Report of the Indian Hemp Drugs Commission, 1894-1895 - Volume VIII
Year: 1894
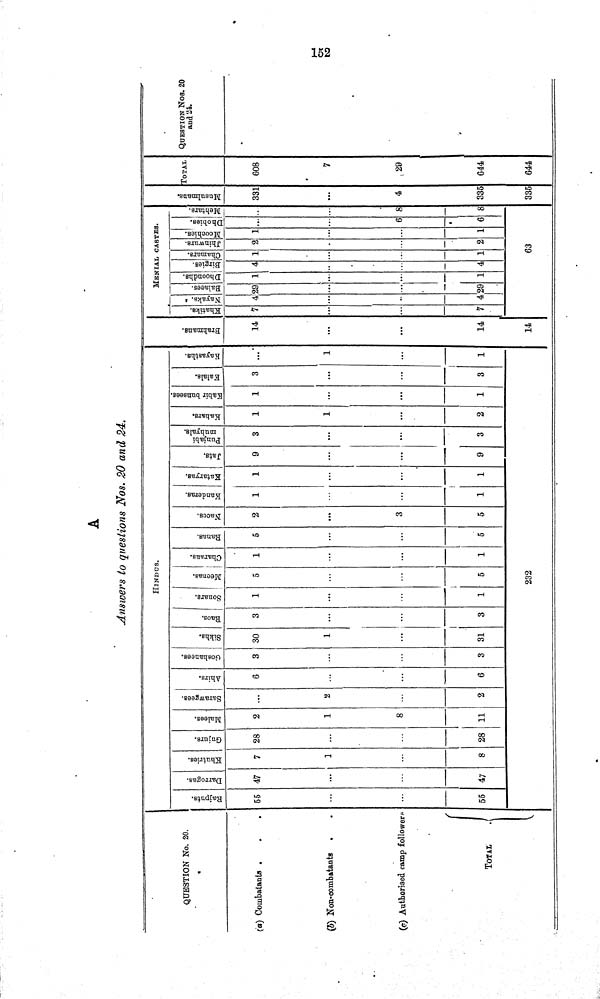
152
A
Answers to questions Nos. 20 and 24.
HINDUS.
MENIAL CASTES.
Musulmans.
TOTAL QUESTION NOS. 20
and 24.
QUESTION No. 20.
Rajputs. Darrogas.
Khutries.
Gujurs.
Malees.
Sarawgecs.
Ahirs.
Goshanees.
Sikhs. Raos. Sonars.
Meenas.
Charans.
Ranas. Naees.
Kanderas.
Kataryas.
Jats.
Punjabi muhyals.
Kahars.
Kabir bunsees.
Kalas.
Kayashths.
Brahmans.
Khatiks.
Nayaks.
Balaees.
Dhoonds.
Brigies.
Chamars.
Jhinwurs.
Moochies.
Dhobies.
Mehtars.
Musulmans.
TOTAL QUESTION NOS. 20
and 24.
(a) Combatants
55 47 7 28 2
6
3 30
3 1 5 1 5 2 1 1 9 3 1 1 3
14 7 4 29 1 4 1 2 1
331 608
(b) Non-combatants
1
1
2
1
1
1
7
(c) Authorised camp followers
8
3
6 8 4
29
TOTAL
55 47
8 28 11
2
6
3 31
3
1
5
1
5
5
1
1
9
3
2 1 3 1
14 7 4 29 1 4 1 2 1 6 8 335 644
TOTAL
232
14
63
335 644